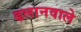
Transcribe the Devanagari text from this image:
ढलानवाले